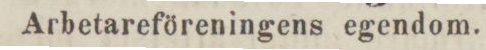
Arbetareföreningens egendom.